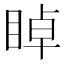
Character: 𥇍